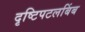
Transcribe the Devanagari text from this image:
दृष्टिपटलबिंब